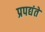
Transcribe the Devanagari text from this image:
प्रपद्यंते